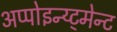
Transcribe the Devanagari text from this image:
अप्पोइन्य्ट्मेन्ट